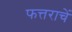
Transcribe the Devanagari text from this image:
फत्तराचें